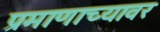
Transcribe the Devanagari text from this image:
प्रमाणाच्यावर